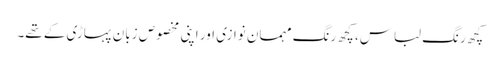
کچھ رنگ لباس، کچھ رنگ مہمان نوازی اور اپنی مخصوص زبان پہاڑی کے تھے۔